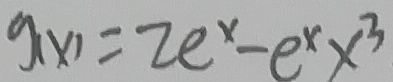
g ( x ) = 2 e ^ { x } - e ^ { x } x ^ { 3 }